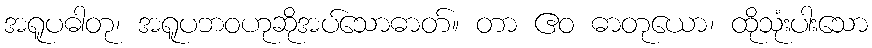
အရူပဓါတု၊ အရူပဘဝဟုဆိုအပ်သောဓာတ်။ တာ ဧဝ ဓာတုယော၊ ထိုသုံးပါးသော